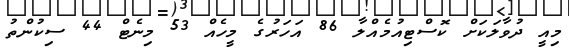
މިއީ ދުވާލަކަށް ކޮސްޓިއުމެއްލާ 86 އަހަރުގެ މީހެއް 53 މިނެޓް 44 ސިކުންތު